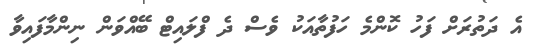
އެ ދަތުރަށް ފަހު ކޮންމެ ހަފުތާއަކު ވެސް ދެ ފްލައިޓް ބޭއްވަން ނިންމާފައިވާ